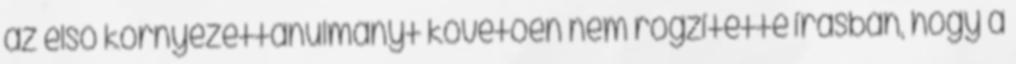
az első környezettanulmányt követően nem rögzítette írásban, hogy a